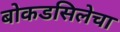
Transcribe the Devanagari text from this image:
बोकडसिलेचा